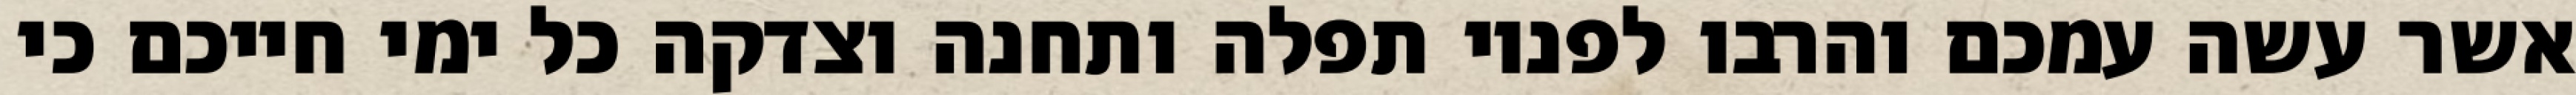
אשר עשה עמכם והרבו לפניו תפלה ותחנה וצדקה כל ימי חייכם כי